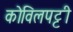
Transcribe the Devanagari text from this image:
कोविलपट्टी